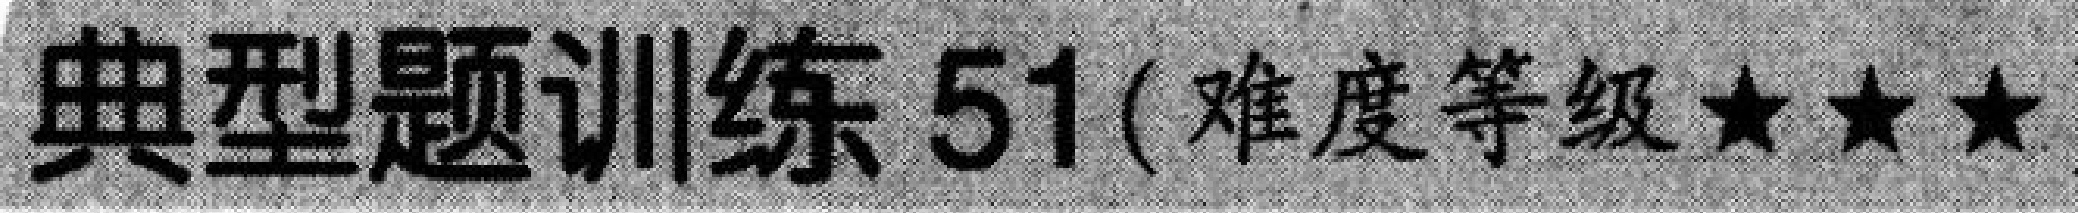
典型题训练51(难度等级★★★)